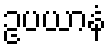
ဥပယာနံ